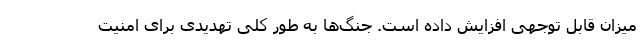
میزان قابل توجهی افزایش داده است. جنگ‌ها به طور کلی تهدیدی برای امنیت